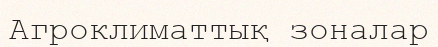
Агроклиматтық зоналар